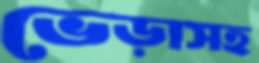
ভেড়াসহ